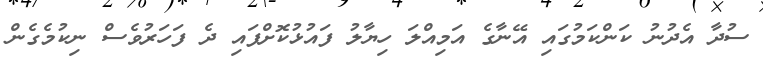
ސުދާ އެދުނު ކަންކަމުގައި އޭނާގެ އަމިއްލަ ހިޔާލު ފައުޅުކޮށްފައި ދެ ފަހަރުވެސް ނިކުމެގެން